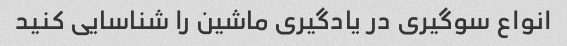
انواع سوگیری در یادگیری ماشین را شناسایی کنید